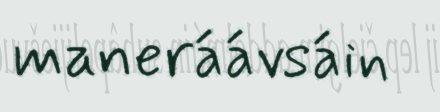
maneráávsáin